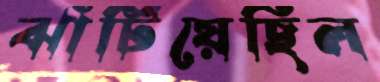
ঝাঁটিয়েছিল